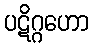
ပဋိဂ္ဂဟော